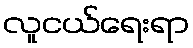
လူငယ်ရေးရာ